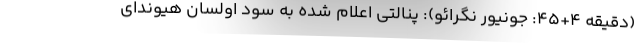
(دقیقه 4+45: جونیور نگرائو): پنالتی اعلام شده به سود اولسان هیوندای